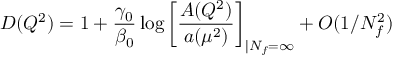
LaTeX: D ( Q ^ { 2 } ) = 1 + { \frac { \gamma _ { 0 } } { \beta _ { 0 } } } \log \left[ { \frac { A ( Q ^ { 2 } ) } { a ( \mu ^ { 2 } ) } } \right] _ { \vert { N _ { f } = \infty } } + { \cal O } ( 1 / N _ { f } ^ { 2 } )